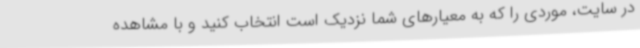
در سایت، موردی را که به معیارهای شما نزدیک است انتخاب کنید و با مشاهده